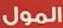
المول